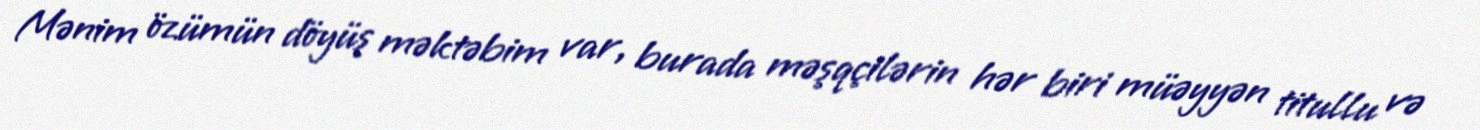
Mənim özümün döyüş məktəbim var, burada məşqçilərin hər biri müəyyən titullu və